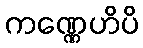
ကဏ္ဏေဟိပိ